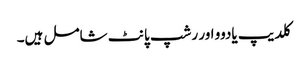
کلدیپ یادوو اور رشپ پانٹ شامل ہیں۔